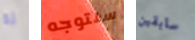
له سنتوجه سابقين